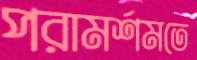
পরামর্শমতে